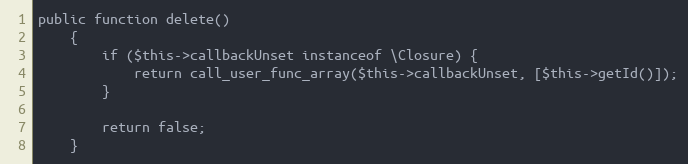
Language: PHP
public function delete()
    {
        if ($this->callbackUnset instanceof \Closure) {
            return call_user_func_array($this->callbackUnset, [$this->getId()]);
        }

        return false;
    }